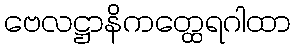
ဗေလဋ္ဌာနိကတ္ထေရဂါထာ